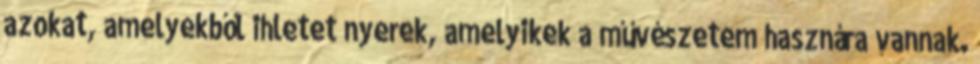
azokat, amelyekből ihletet nyerek, amelyikek a művészetem hasznára vannak.